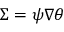
\Sigma = \psi \nabla \theta